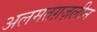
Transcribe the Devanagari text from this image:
अलमतग़ज़लीन